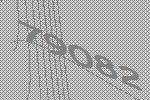
79082